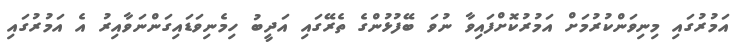
އަމުރުގައި މިނިވަންކުރުމަށް އަމުރުކޮށްފައިވާ ނުވަ ބޭފުޅުންގެ ތެރޭގައި އަދީބު ހިމެނިވަޑައިގަންނަވާއިރު އެ އަމުރުގައި